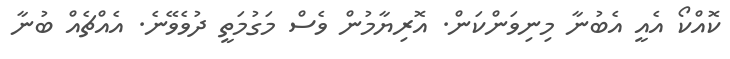
ކޮއްކޯ އެއީ އެބުނާ މިނިވަންކަން. އޮރިޔާމުން ވެސް މަގުމަތީ ދުވެވޭނެ. އެއްޗެއް ބުނާ